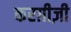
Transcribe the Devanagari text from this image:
करग़ीज़ी